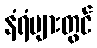
နံရံများတွင်